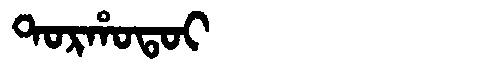
Manchu: ᡨᠣᡵᡥᠣᡨᠣᡳ
Romanization: TORHOTOI